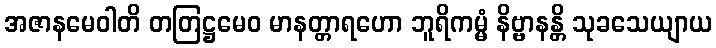
အဇာနမေဝါတိ တတြဋ္ဌမေဝ မာနတ္တာရဟော ဘူရိကမ္မံ နိဗ္ဗာနန္တိ သုခသေယျာယ